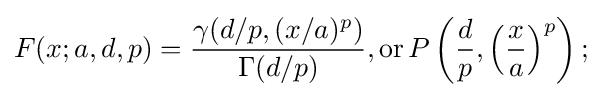
F(x;a,d,p)={\frac {\gamma (d/p,(x/a)^{p})}{\Gamma (d/p)}},{\text{or}}\,P\left({\frac {d}{p}},\left({\frac {x}{a}}\right)^{p}\right);